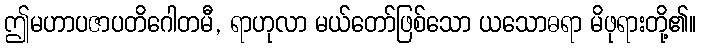
ဤမဟာပဇာပတိဂေါတမီ, ရာဟုလာ မယ်တော်ဖြစ်သော ယသောဓရာ မိဖုရားတို့၏။